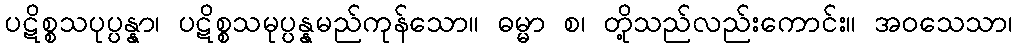
ပဋိစ္စသပုပ္ပန္နာ၊ ပဋိစ္စသမုပ္ပန္နမည်ကုန်သော။ ဓမ္မာ စ၊ တို့သည်လည်းကောင်း။ အဝသေသာ၊